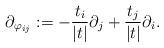
LaTeX: \begin{align*}\partial_{\varphi_{ij}}:=-\frac{t_i}{|t|}\partial_j+\frac{t_j}{|t|}\partial_i.\end{align*}